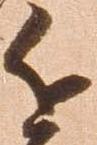
近